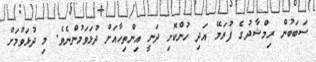
ސަބަބުން ރިމްޝާދުގެ ފުރަމޭ އަދި ހުންކޮށި ދަނީ އިންތިހާއަށް ދުޅަވަމުންނެވެ. މި ދުޅަވުމަށް